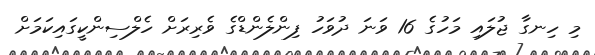
މި ހިނގާ ޖުލައި މަހުގެ 16 ވަނަ ދުވަހު ފިންލެންޑްގެ ވެރިރަށް ހެލްސިންކީގައިކަމަށް